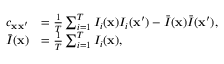
\begin{array} { r l } { c _ { { \bf x x } ^ { \prime } } } & { = \frac { 1 } { T } \sum _ { i = 1 } ^ { T } I _ { i } ( { \bf x } ) I _ { i } ( { \bf x } ^ { \prime } ) - \bar { I } ( { \bf x } ) \bar { I } ( { \bf x } ^ { \prime } ) , } \\ { \bar { I } ( { \bf x } ) } & { = \frac { 1 } { T } \sum _ { i = 1 } ^ { T } I _ { i } ( { \bf x } ) , } \end{array}